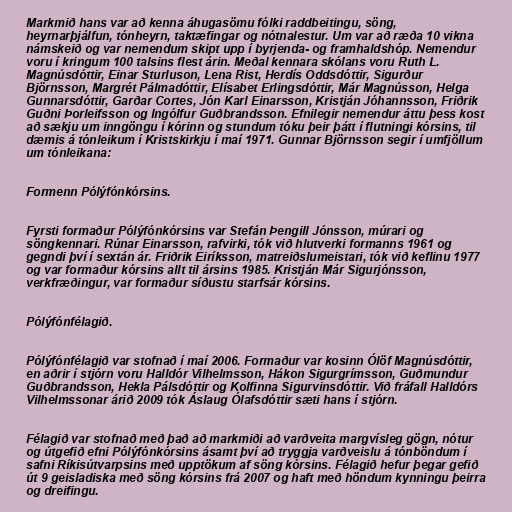
Markmið hans var að kenna áhugasömu fólki raddbeitingu, söng,
heyrnarþjálfun, tónheyrn, taktæfingar og nótnalestur. Um var að ræða 10 vikna
námskeið og var nemendum skipt upp í byrjenda- og framhaldshóp. Nemendur
voru í kringum 100 talsins flest árin. Meðal kennara skólans voru Ruth L.
Magnúsdóttir, Einar Sturluson, Lena Rist, Herdís Oddsdóttir, Sigurður
Björnsson, Margrét Pálmadóttir, Elísabet Erlingsdóttir, Már Magnússon, Helga
Gunnarsdóttir, Garðar Cortes, Jón Karl Einarsson, Kristján Jóhannsson, Friðrik
Guðni Þorleifsson og Ingólfur Guðbrandsson. Efnilegir nemendur áttu þess kost
að sækju um inngöngu í kórinn og stundum tóku þeir þátt í flutningi kórsins, til
dæmis á tónleikum í Kristskirkju í maí 1971. Gunnar Björnsson segir í umfjöllum
um tónleikana:

Formenn Pólýfónkórsins.

Fyrsti formaður Pólýfónkórsins var Stefán Þengill Jónsson, múrari og
söngkennari. Rúnar Einarsson, rafvirki, tók við hlutverki formanns 1961 og
gegndi því í sextán ár. Friðrik Eiríksson, matreiðslumeistari, tók við keflinu 1977
og var formaður kórsins allt til ársins 1985. Kristján Már Sigurjónsson,
verkfræðingur, var formaður síðustu starfsár kórsins.

Pólýfónfélagið.

Pólýfónfélagið var stofnað í maí 2006. Formaður var kosinn Ólöf Magnúsdóttir,
en aðrir í stjórn voru Halldór Vilhelmsson, Hákon Sigurgrímsson, Guðmundur
Guðbrandsson, Hekla Pálsdóttir og Kolfinna Sigurvinsdóttir. Við fráfall Halldórs
Vilhelmssonar árið 2009 tók Áslaug Ólafsdóttir sæti hans í stjórn.

Félagið var stofnað með það að markmiði að varðveita margvísleg gögn, nótur
og útgefið efni Pólýfónkórsins ásamt því að tryggja varðveislu á tónböndum í
safni Ríkisútvarpsins með upptökum af söng kórsins. Félagið hefur þegar gefið
út 9 geisladiska með söng kórsins frá 2007 og haft með höndum kynningu þeirra
og dreifingu.